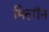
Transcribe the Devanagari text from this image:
मिलॉन